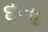
દના